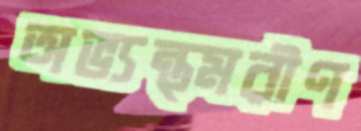
অভ্যন্ত্মরীণ